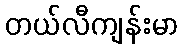
တယ်လီကျန်းမာ